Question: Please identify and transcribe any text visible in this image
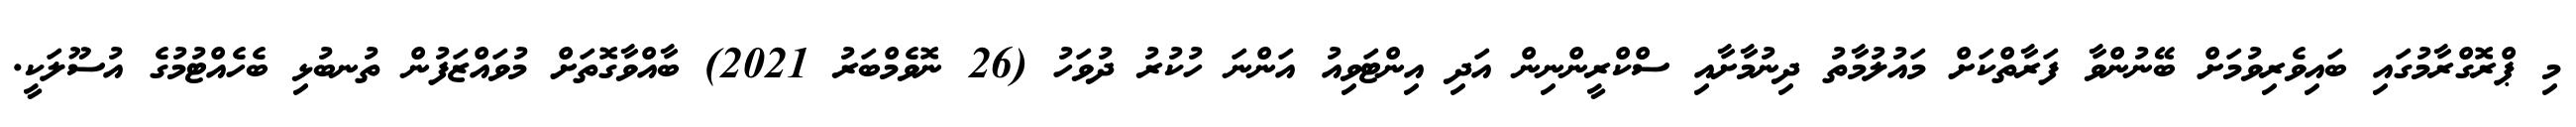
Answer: މި ޕްރޮގްރާމުގައި ބައިވެރިވުމަށް ބޭނުންވާ ފަރާތްކަށް މައުލުމާތު ދިނުމާށާއި ސްކްރީންނިން އަދި އިންޓަވިއު އަންނަ ހުކުރު ދުވަހު (26 ނޮވެމްބަރު 2021) ބާއްވާގޮތަށް މުވައްޒަފުން ތުނބުޅި ބެހެއްޓުމުގެ އުސޫލަކީ.